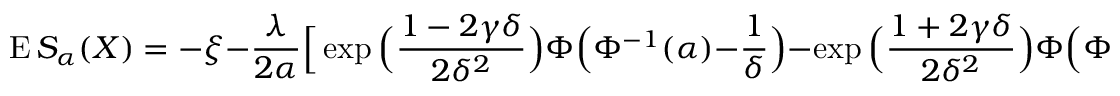
\operatorname { E } S _ { \alpha } ( X ) = - \xi - { \frac { \lambda } { 2 \alpha } } { \Big [ } \exp { \Big ( } { \frac { 1 - 2 \gamma \delta } { 2 \delta ^ { 2 } } } { \Big ) } \Phi { \Big ( } \Phi ^ { - 1 } ( \alpha ) - { \frac { 1 } { \delta } } { \Big ) } - \exp { \Big ( } { \frac { 1 + 2 \gamma \delta } { 2 \delta ^ { 2 } } } { \Big ) } \Phi { \Big ( } \Phi ^ { - 1 } ( \alpha ) + { \frac { 1 } { \delta } } { \Big ) } { \Big ] }